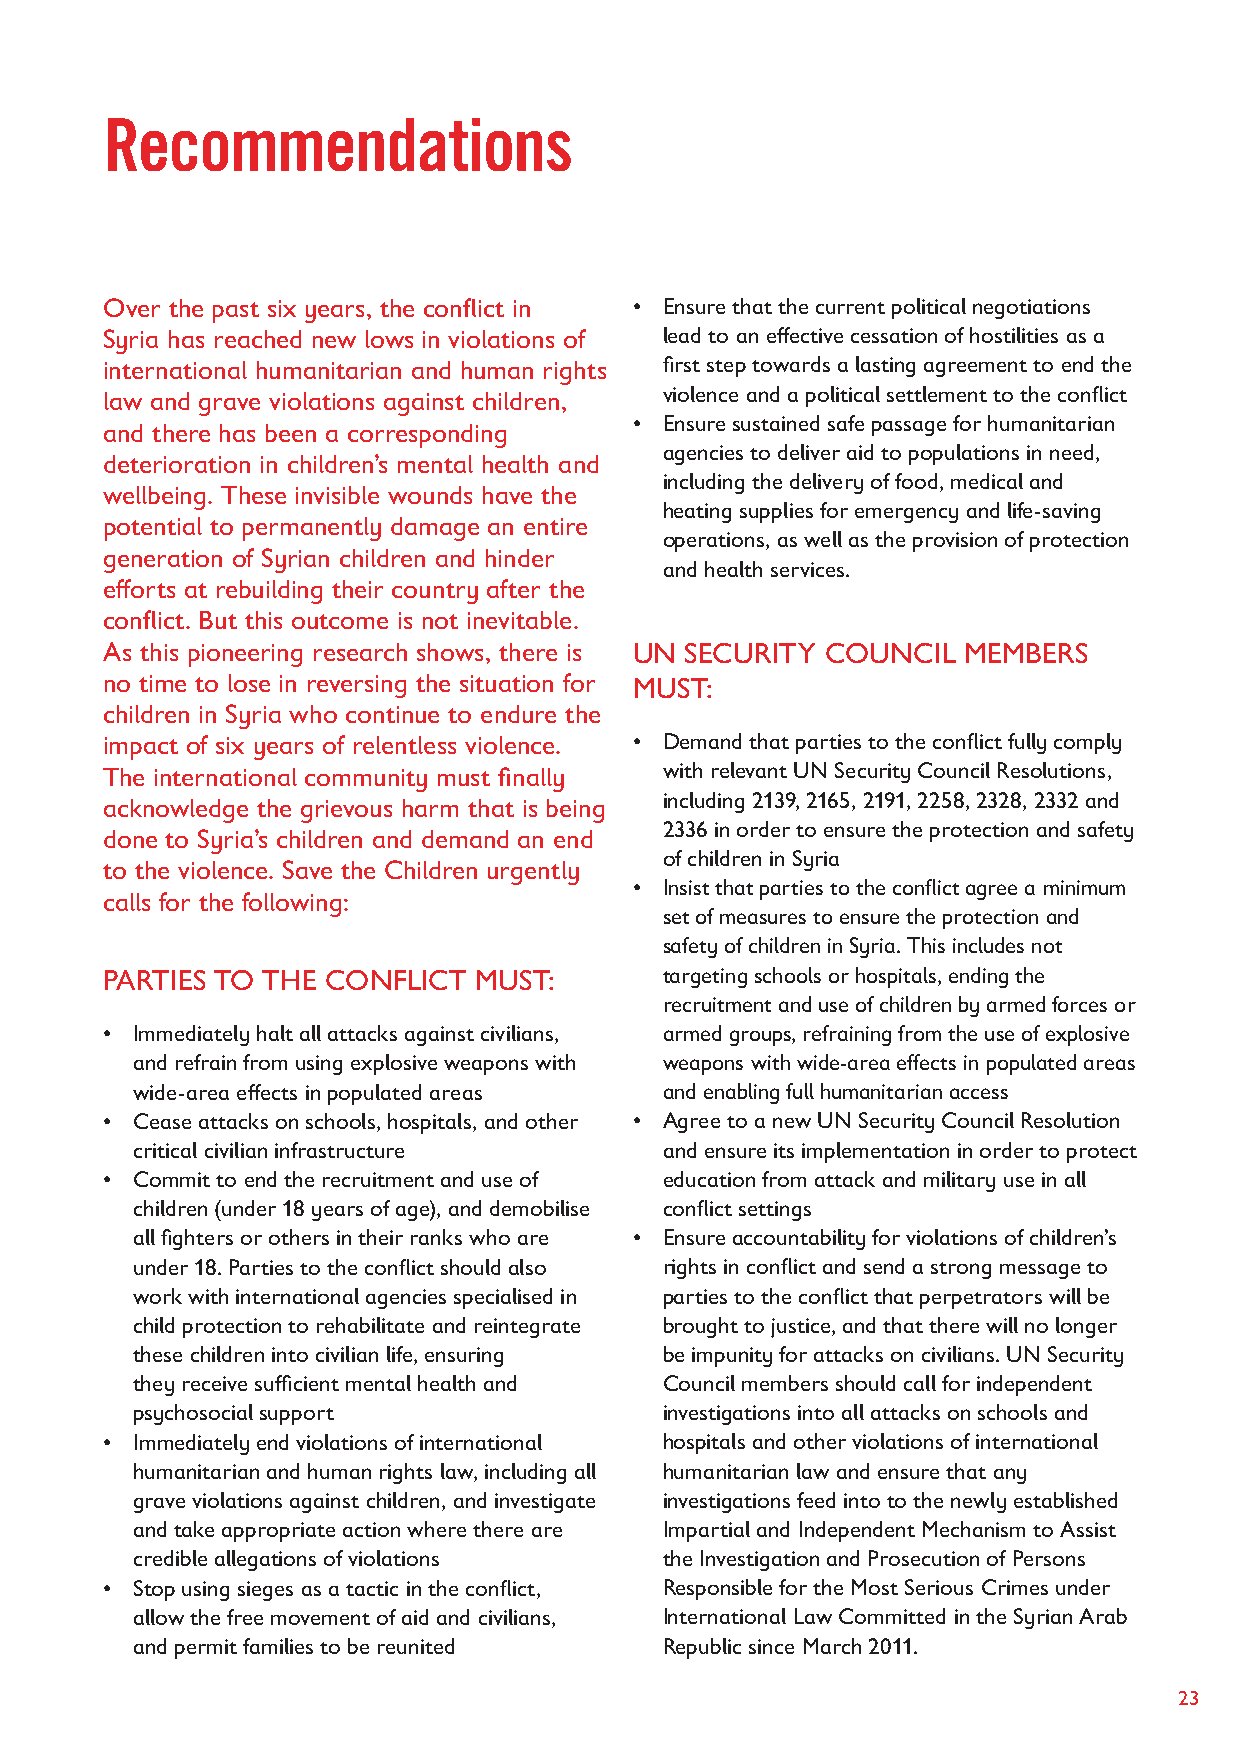
Recommendations
 Over the past six years, the conflict in • Ensure that the current political negotiations
 Syria has reached new lows in violations of lead to an effective cessation of hostilities as a
 international humanitarian and human rights first step towards a lasting agreement to end the
 law and grave violations against children, violence and a political settlement to the conflict
 • Ensure sustained safe passage for humanitarian
 and there has been a corresponding
 agencies to deliver aid to populations in need,
 deterioration in children’s mental health and
 including the delivery of food, medical and
 wellbeing. These invisible wounds have the
 heating supplies for emergency and life-saving
 potential to permanently damage an entire
 operations, as well as the provision of protection
 generation of Syrian children and hinder
 and health services.
 efforts at rebuilding their country after the
 conflict. But this outcome is not inevitable.
 As this pioneering research shows, there is UN SECURITY COUNCIL MEMBERS
 no time to lose in reversing the situation for MUST:
 children in Syria who continue to endure the
 impact of six years of relentless violence. • Demand that parties to the conflict fully comply
 The international community must finally with relevant UN Security Council Resolutions,
 acknowledge the grievous harm that is being including 2139, 2165, 2191, 2258, 2328, 2332 and
 2336 in order to ensure the protection and safety
 done to Syria’s children and demand an end
 of children in Syria
 to the violence. Save the Children urgently
 • Insist that parties to the conflict agree a minimum
 calls for the following:
 set of measures to ensure the protection and
 safety of children in Syria. This includes not
 PARTIES TO THE CONFLICT MUST:        targeting schools or hospitals, ending the
 recruitment and use of children by armed forces or
 • Immediately halt all attacks against civilians, armed groups, refraining from the use of explosive
 and refrain from using explosive weapons with weapons with wide-area effects in populated areas
 wide-area effects in populated areas and enabling full humanitarian access
 • Cease attacks on schools, hospitals, and other • Agree to a new UN Security Council Resolution
 critical civilian infrastructure   and ensure its implementation in order to protect
 • Commit to end the recruitment and use of education from attack and military use in all
 children (under 18 years of age), and demobilise conflict settings
 all fighters or others in their ranks who are • Ensure accountability for violations of children’s
 under 18. Parties to the conflict should also rights in conflict and send a strong message to
 work with international agencies specialised in parties to the conflict that perpetrators will be
 child protection to rehabilitate and reintegrate brought to justice, and that there will no longer
 these children into civilian life, ensuring be impunity for attacks on civilians. UN Security
 they receive sufficient mental health and Council members should call for independent
 psychosocial support               investigations into all attacks on schools and
 • Immediately end violations of international hospitals and other violations of international
 humanitarian and human rights law, including all humanitarian law and ensure that any
 grave violations against children, and investigate investigations feed into to the newly established
 and take appropriate action where there are Impartial and Independent Mechanism to Assist
 credible allegations of violations the Investigation and Prosecution of Persons
 • Stop using sieges as a tactic in the conflict, Responsible for the Most Serious Crimes under
 allow the free movement of aid and civilians, International Law Committed in the Syrian Arab
 and permit families to be reunited Republic since March 2011.
 23